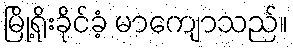
မြို့ရိုးခိုင်ခံ့ မာကျောသည်။